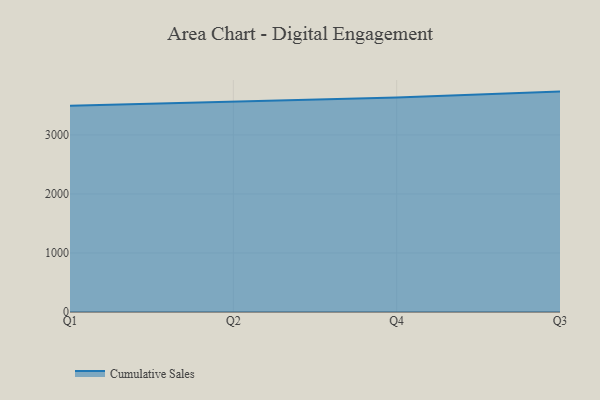
{"axis": {"x": "Quarter", "y": "Churn Rate (%)"}, "legend": ["Cumulative Sales"], "data": [{"x": "Q1", "y": 3493.5, "type": "Cumulative Sales"}, {"x": "Q2", "y": 3557.9, "type": "Cumulative Sales"}, {"x": "Q4", "y": 3634.7, "type": "Cumulative Sales"}, {"x": "Q3", "y": 3734.0, "type": "Cumulative Sales"}]}